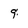
Character: 9